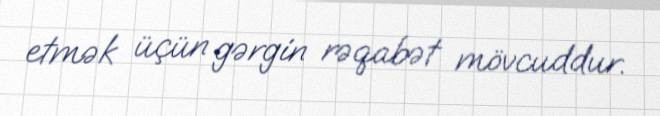
etmək üçün gərgin rəqabət mövcuddur.